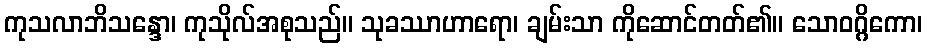
ကုသလာဘိသန္ဒော၊ ကုသိုလ်အစုသည်။ သုခဿာဟာရော၊ ချမ်းသာ ကိုဆောင်တတ်၏။ သောဝဂ္ဂိကော၊